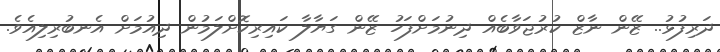
ދަރިފުޅު.. ޒޭން ނާޒް ކުރުޖަވާބެއް ދިނުމަށްފަހު ޒޭން ގަޔާލާ ކައިރިކޮށްލަމުން ދިއުމަށް އެނބުރިލިއެވެ.